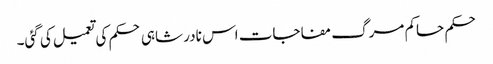
حکم حاکم مرگ مفاجات اس نادر شاہی حکم کی تعمیل کی گئی۔